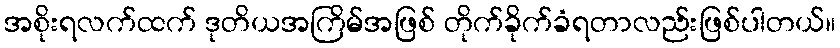
အစိုးရလက်ထက် ဒုတိယအကြိမ်အဖြစ် တိုက်ခိုက်ခံရတာလည်းဖြစ်ပါတယ်။